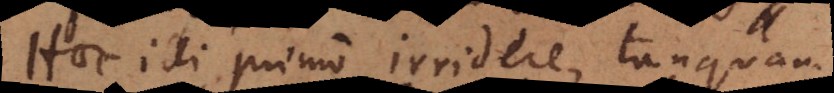
Haec illi primo irridere, tanquam